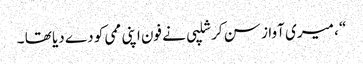
“ ، میری آواز سن کر شلپی نے فون اپنی ممی کو دے دیا تھا ۔